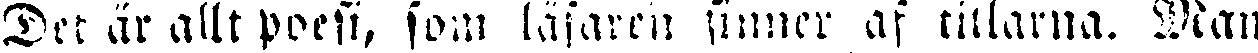
Det är allt poesi, som läsaren finner af titlarna. Man